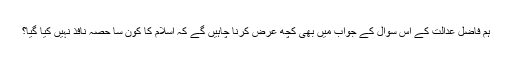
ہم فاضل عدالت کے اس سوال کے جواب میں بھی کچھ عرض کرنا چاہیں گے کہ اسلام کا کون سا حصہ نافذ نہیں کیا گیا؟